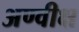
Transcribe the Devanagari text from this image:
अण्वीक्ष